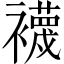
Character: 襪